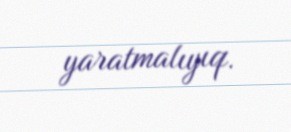
yaratmalıyıq.